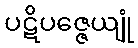
ပဋိပဇ္ဇေယျုံ